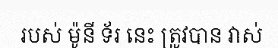
របស់ ម៉ូនី ទ័រ នេះ ត្រូវបាន វាស់